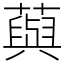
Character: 藇